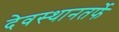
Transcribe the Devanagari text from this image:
देवस्थानतर्फे